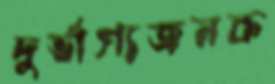
দুর্ভাগ্যজনক